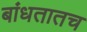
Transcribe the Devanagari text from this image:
बांधतातच